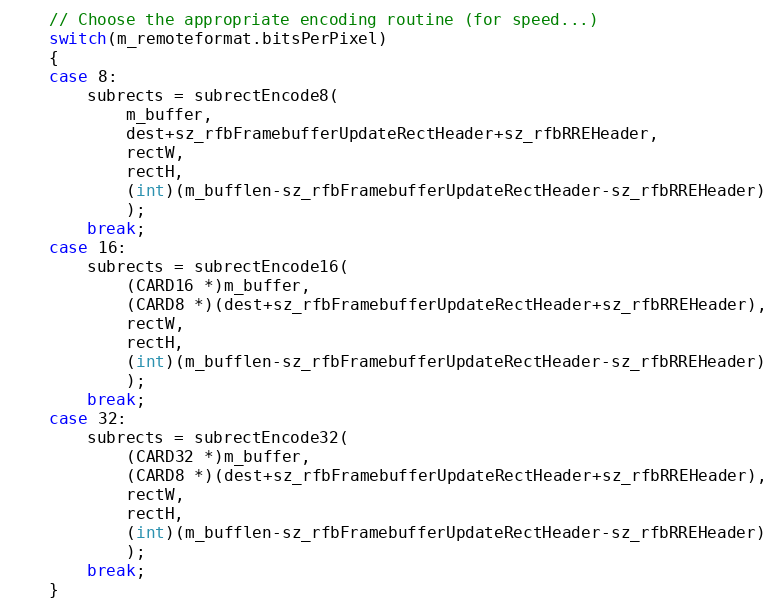
Language: C++
	// Choose the appropriate encoding routine (for speed...)
	switch(m_remoteformat.bitsPerPixel)
	{
	case 8:
		subrects = subrectEncode8(
			m_buffer,
			dest+sz_rfbFramebufferUpdateRectHeader+sz_rfbRREHeader,
			rectW,
			rectH,
			(int)(m_bufflen-sz_rfbFramebufferUpdateRectHeader-sz_rfbRREHeader)
			);
		break;
	case 16:
		subrects = subrectEncode16(
			(CARD16 *)m_buffer,
			(CARD8 *)(dest+sz_rfbFramebufferUpdateRectHeader+sz_rfbRREHeader),
			rectW,
			rectH,
			(int)(m_bufflen-sz_rfbFramebufferUpdateRectHeader-sz_rfbRREHeader)
			);
		break;
	case 32:
		subrects = subrectEncode32(
			(CARD32 *)m_buffer,
			(CARD8 *)(dest+sz_rfbFramebufferUpdateRectHeader+sz_rfbRREHeader),
			rectW,
			rectH,
			(int)(m_bufflen-sz_rfbFramebufferUpdateRectHeader-sz_rfbRREHeader)
			);
		break;
	}